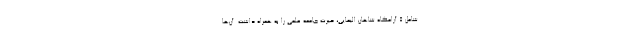
شامل ۵ آرامگاه شاهان الیمایی، حیرت جامعه علمی را به همراه داشت. آن‌ها